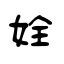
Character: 姾